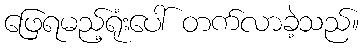
ဖြေရမည့်ရုံးပေါ် တက်လာခဲ့သည်။